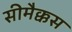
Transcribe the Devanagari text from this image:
सीमैक्कस